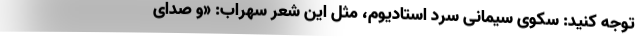
توجه کنید: سکوی سیمانیِ سردِ استادیوم، مثل این شعر سهراب: «و صدای